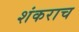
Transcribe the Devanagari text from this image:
शंकराच